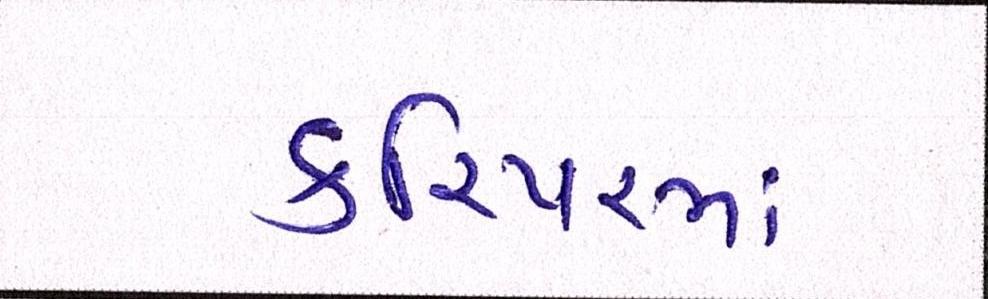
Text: કરિયરમાં